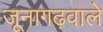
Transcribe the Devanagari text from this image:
जूनागढ़वाले